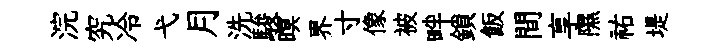
浣究冷弋月洗駿暝界寸像被畔鎖飯間享隰祐堤